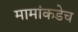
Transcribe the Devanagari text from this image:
मामांकडेच